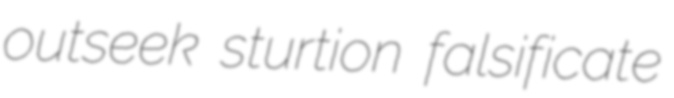
outseek sturtion falsificate